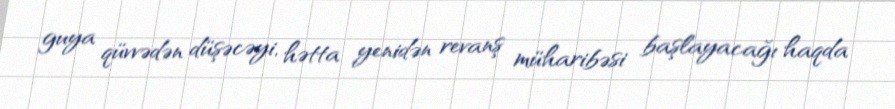
guya qüvvədən düşəcəyi, hətta yenidən revanş müharibəsi başlayacağı haqda